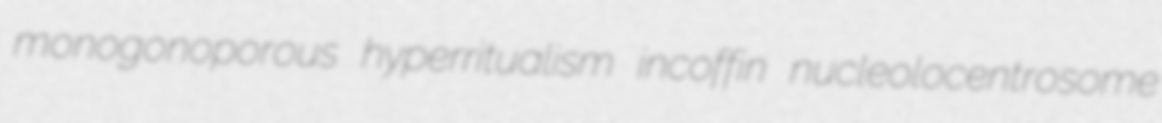
monogonoporous hyperritualism incoffin nucleolocentrosome